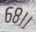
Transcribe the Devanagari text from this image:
६८।।